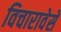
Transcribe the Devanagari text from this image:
विचारावेसे